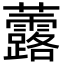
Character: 虂